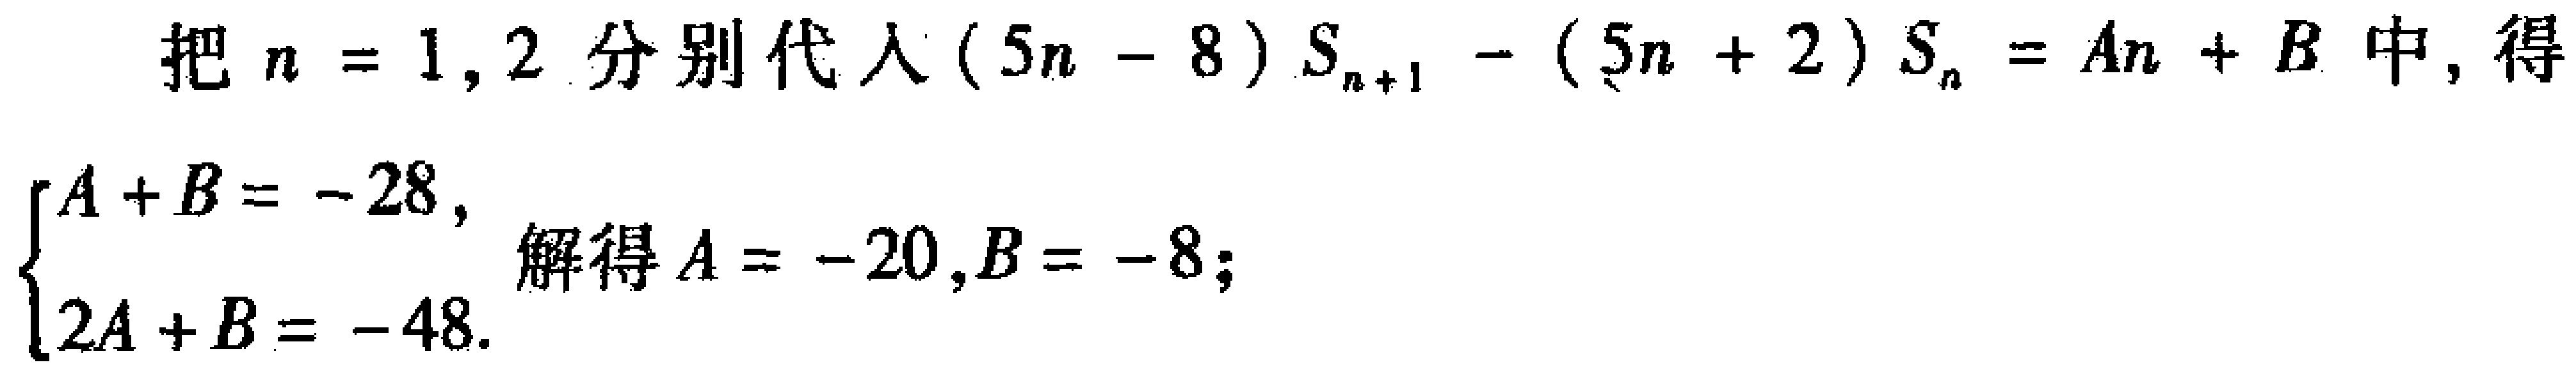
把 \(n = 1,2\) 分别代入 \((5n - 8)S_{n + 1} - (5n + 2)S_{n} = An + B\) 中，得
\(\begin{cases}A + B = - 28,\\2A + B = - 48.\end{cases}\) 解得 \(A = - 20,B = - 8\)；